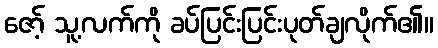
ဇော့် သူ့လက်ကို ခပ်ပြင်းပြင်းပုတ်ချလိုက်၏။